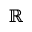
\mathbb { R }